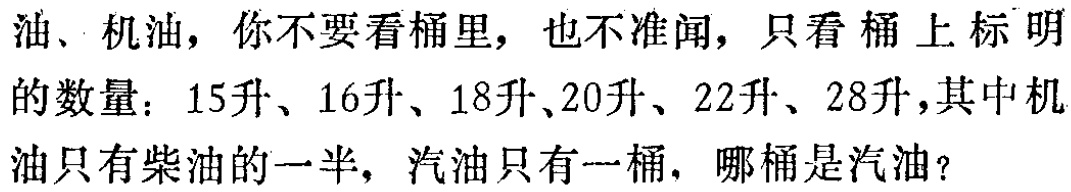
油、机油，你不要看桶里，也不准闻，只看桶上标明

的数量：15升、16升、18升、20升、22升、28升，其中机

油只有柴油的一半，汽油只有一桶，哪桶是汽油？